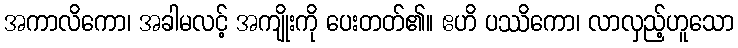
အကာလိကော၊ အခါမလင့် အကျိုးကို ပေးတတ်၏။ ဧဟိ ပဿိကော၊ လာလှည့်ဟူသော